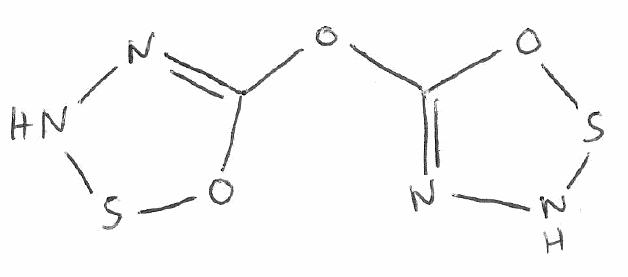
Simplified molecular-input line-entry system (SMILES) notation of the given molecule:
C1(=NNSO1)OC2=NNSO2